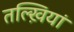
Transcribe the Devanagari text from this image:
तल्ख़ियां